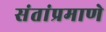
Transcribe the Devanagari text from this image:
संतांप्रमाणे